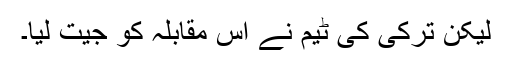
لیکن ترکی کی ٹیم نے اس مقابلہ کو جیت لیا۔